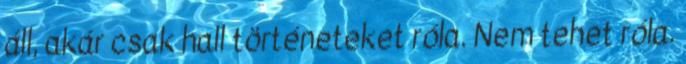
áll, akár csak hall történeteket róla. Nem tehet róla.